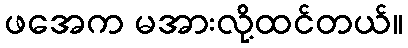
ဖအေက မအားလို့ထင်တယ်။